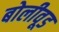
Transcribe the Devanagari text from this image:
बोलीवूड